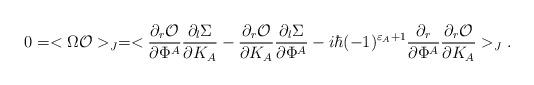
LaTeX: \begin{align*}0=<\Omega {\cal O}>_J=<{\partial_r {\cal O}\over \partial \Phi^A}{\partial_l\Sigma\over\partial K_A}-{\partial_r {\cal O}\over \partial K_A}{\partial_l\Sigma\over\partial \Phi^A}-i\hbar (-1)^{\varepsilon_A+1}{\partial_r\over \partial\Phi^A}{\partial_r {\cal O}\over \partial K_A}>_J.\end{align*}